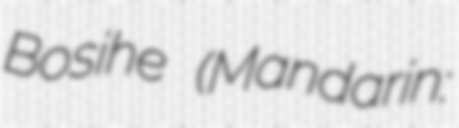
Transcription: Bosihe (Mandarin: